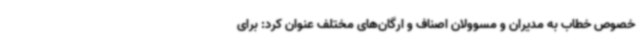
خصوص خطاب به مدیران و مسوولان اصناف و ارگان‌های مختلف عنوان کرد: برای